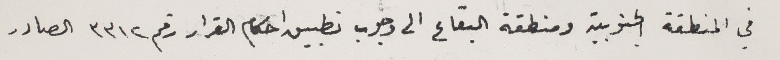
في المنطقة الجنوبية ومنطقة البقاع الى وجوب تطبيق احكام القرار رقم ٣٣١٢ الصادر